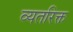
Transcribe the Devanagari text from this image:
व्यतरिक्त